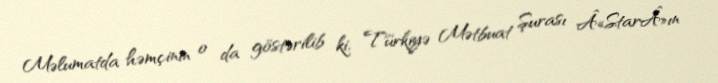
Məlumatda həmçinin o da göstərilib ki, Türkiyə Mətbuat Şurası Â«StarÂ»ın